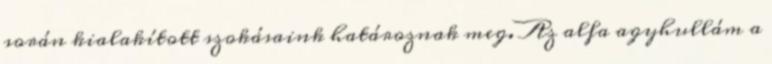
során kialakított szokásaink határoznak meg. Az alfa agyhullám a